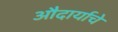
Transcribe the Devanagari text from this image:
औदार्याचे